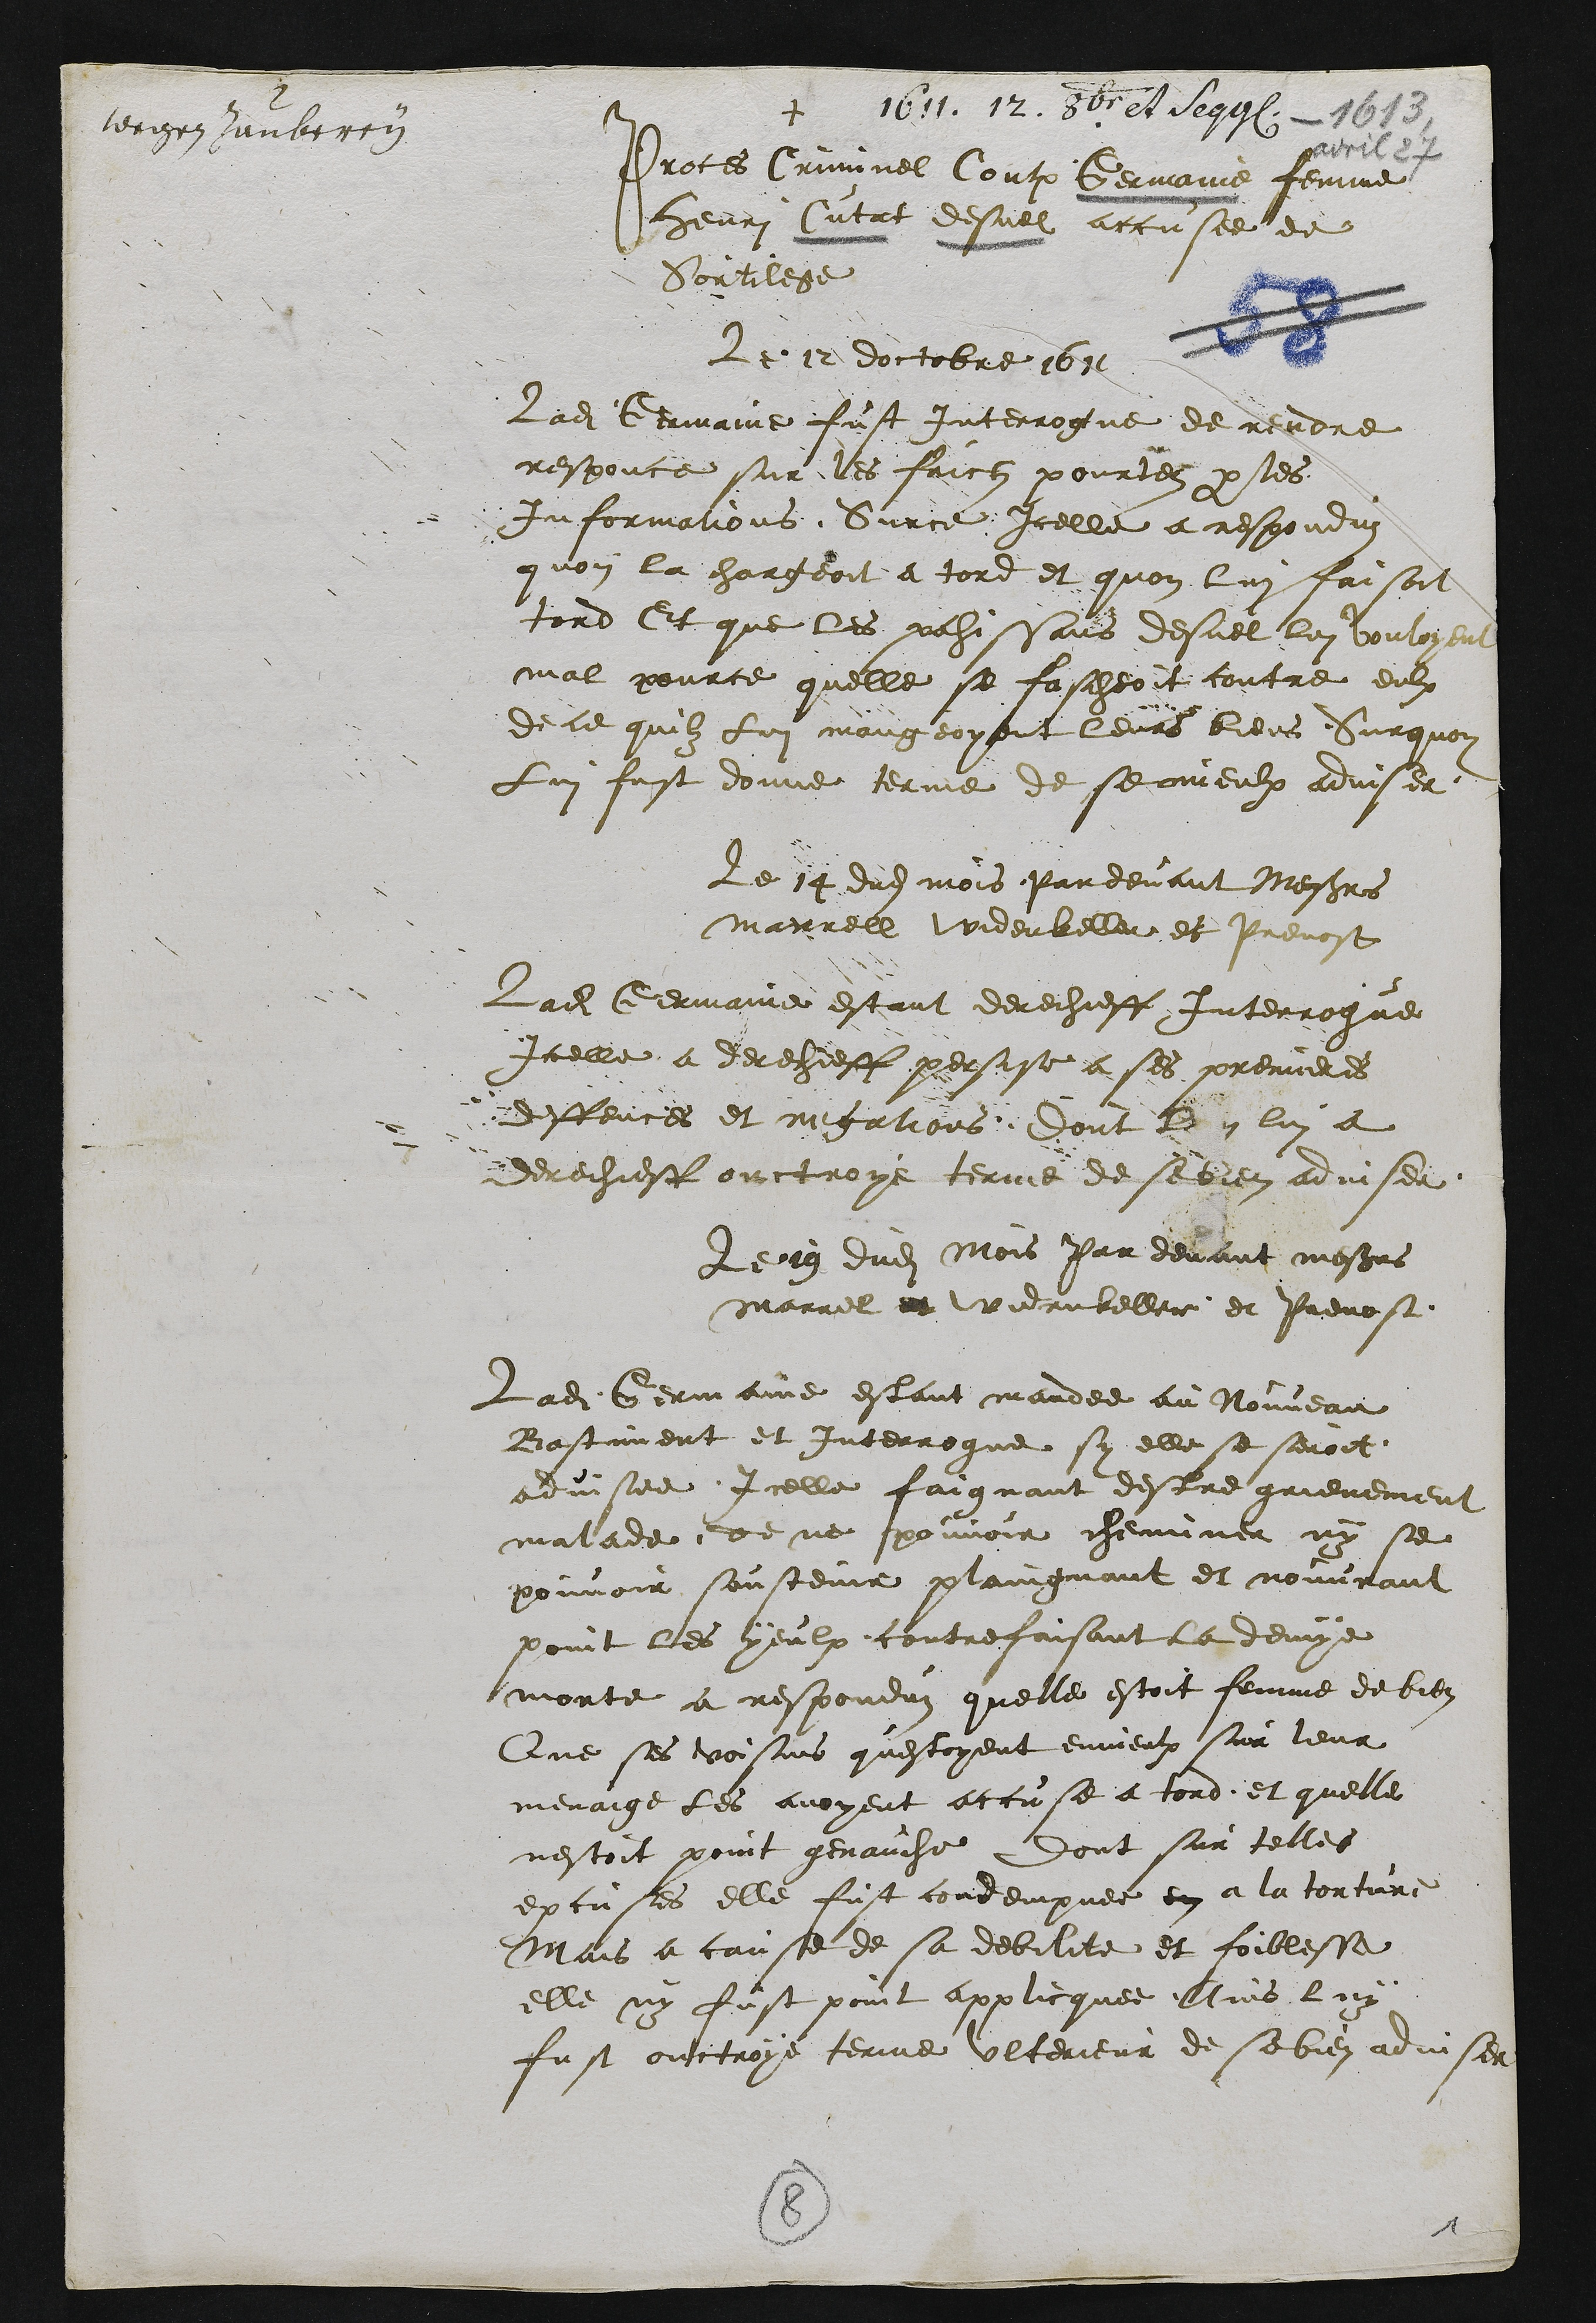
wegen Zauberey
+ 1611. 12. Octobris et sequentes
Proces Criminel Contre Germaine femme
Henri Cutat desuel accusee de
Sortilege
Le 12 doctobre 1611
Ladite Germaine fust interrogue de rendre
responce sur les faictz pourtez par les
Informations Surce Icelle a respondu
quon la chargeoit a tord et quon lui faisoit
tord Et que les pahissans desuel lui vouloyent
mal pource quelle se fascheoit contre eulx
de ce quilz lui mangeoyent leurs biens Surquoy
Lui fust donne terme de se mieulx adviser
Le 14 dudit mois Par devant Messieurs
Marrell Widerkeller et Prevost
Ladite Germaine estant derechieff Interrogue
Icelle a derechieff persise a ses premieres
deffences et negations dont lon lui a
derechieff ouctroye terme de sa bien adviser
Le 19 dudit Mois Par devant messieurs
marrel et Widerkeller et Prevost
Ladite Germaine estant mandee au Nouveau
Bastinent et interrogue sy elle se seroit
advisee Icelle faignant destre grievement
malade, de ne pouvoir cheminer ny se
pouvoir soustenir plaingnant et nouvrant
point les yeulx, contrefaisant la demye
morte a responduz quelle estoit femme de bien
Que ses voisins questoyent envieulx sur leur
menaige les avoyent accuse a tord et quelle
nestoit point genauche Dont sur telles
excuses elle fust condempnee en a la torture
Mais a cause de sa debilite et foiblesse
elle ny fust point applicquee. Ains luy
fust ouctroye terme ulterieur de se bien adviser